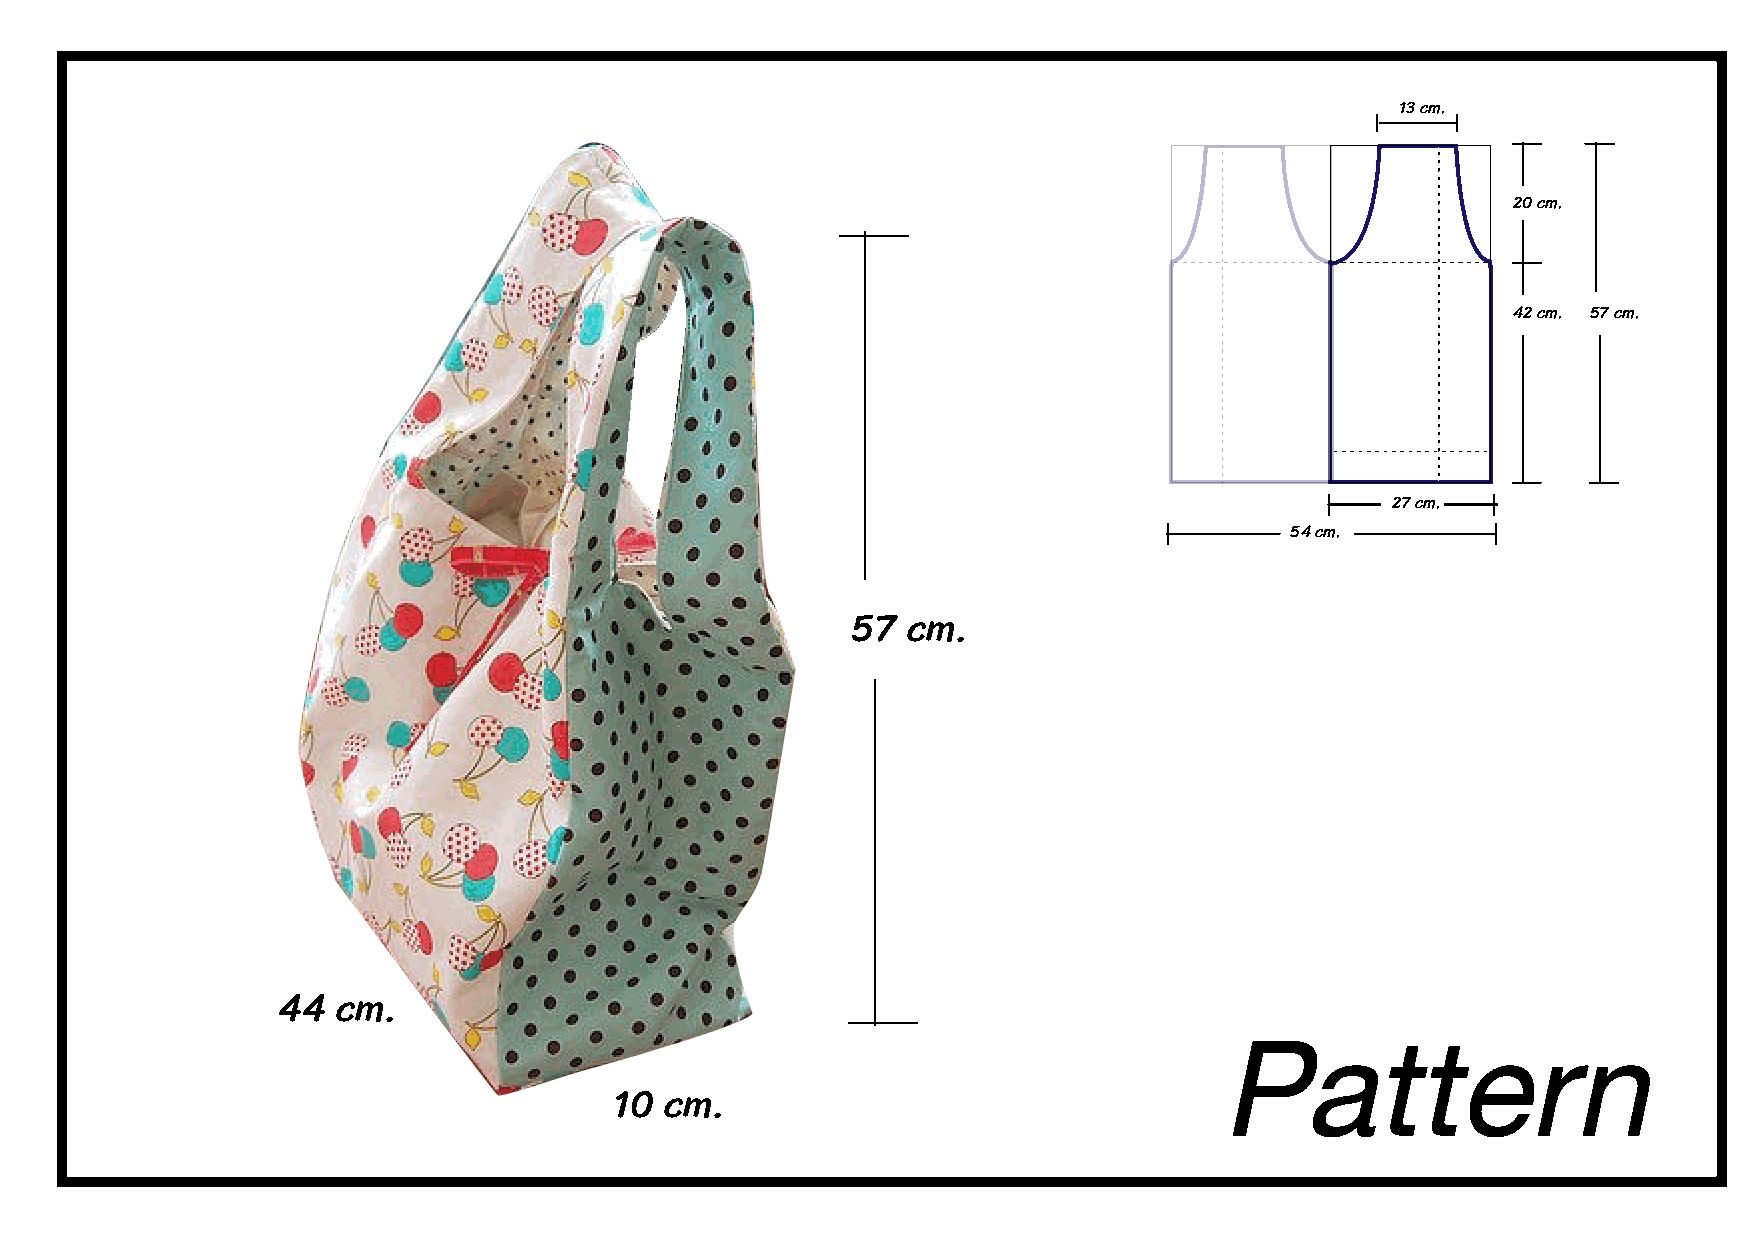
13 c�.
 20 c�.
 42 c�. 57 c�.
 27 c�.
 54 c�.
 57  c�.
 44  c�.                                                        Pattern
 10 c�.